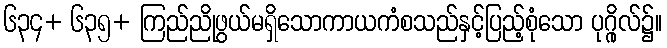
၆၃၄+ ၆၃၅+ ကြည်ညိုဖွယ်မရှိသောကာယကံစသည်နှင့်ပြည့်စုံသော ပုဂ္ဂိုလ်၌။